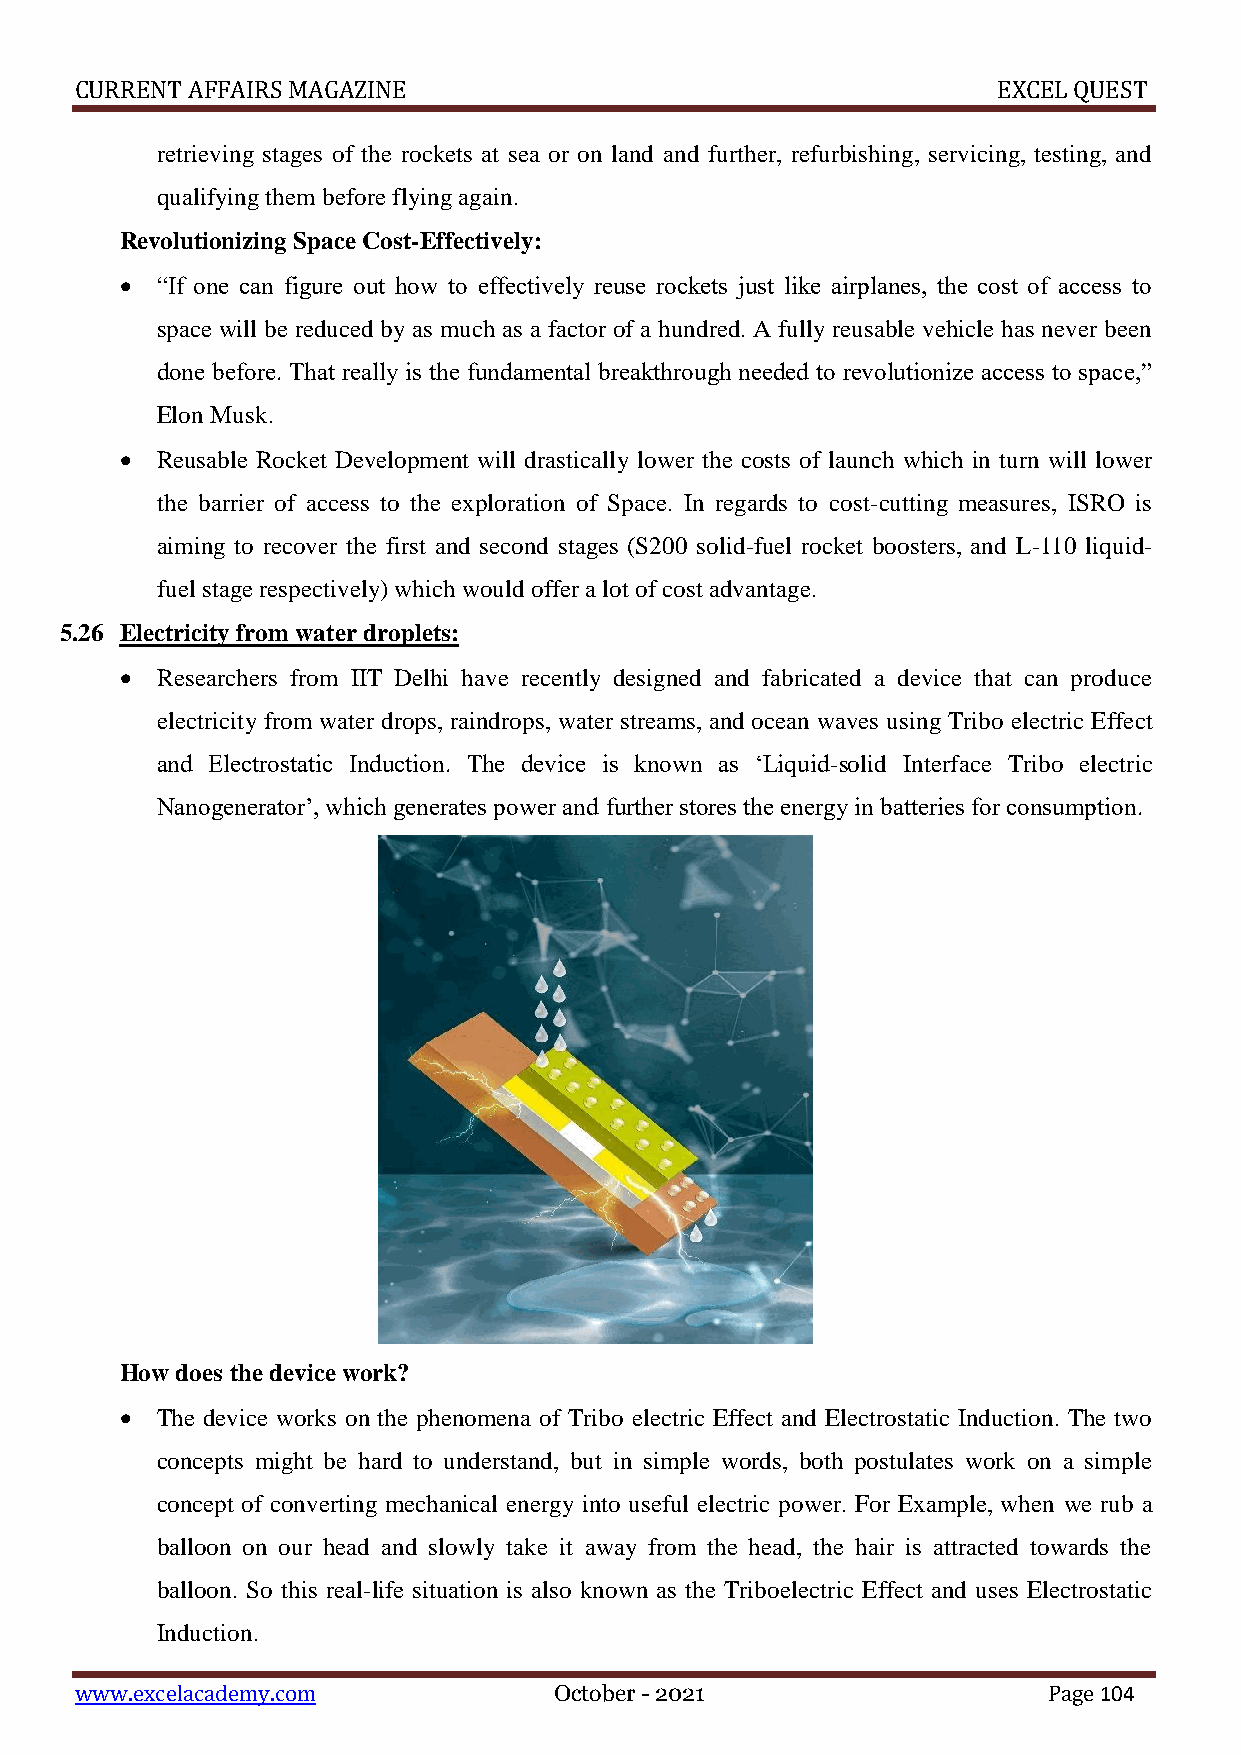
CURRENT AFFAIRS MAGAZINE                                     EXCEL QUEST
 retrieving stages of the rockets at sea or on land and further, refurbishing, servicing, testing, and
 qualifying them before flying again.
 Revolutionizing Space Cost-Effectively:
  “If one can figure out how to effectively reuse rockets just like airplanes, the cost of access to
 space will be reduced by as much as a factor of a hundred. A fully reusable vehicle has never been
 done before. That really is the fundamental breakthrough needed to revolutionize access to space,”
 Elon Musk.
  Reusable Rocket Development will drastically lower the costs of launch which in turn will lower
 the barrier of access to the exploration of Space. In regards to cost-cutting measures, ISRO is
 aiming to recover the first and second stages (S200 solid-fuel rocket boosters, and L-110 liquid-
 fuel stage respectively) which would offer a lot of cost advantage.
 5.26 Electricity from water droplets:
  Researchers from IIT Delhi have recently designed and fabricated a device that can produce
 electricity from water drops, raindrops, water streams, and ocean waves using Tribo electric Effect
 and Electrostatic Induction. The device is known as ‘Liquid-solid Interface Tribo electric
 Nanogenerator’, which generates power and further stores the energy in batteries for consumption.
 How does the device work?
  The device works on the phenomena of Tribo electric Effect and Electrostatic Induction. The two
 concepts might be hard to understand, but in simple words, both postulates work on a simple
 concept of converting mechanical energy into useful electric power. For Example, when we rub a
 balloon on our head and slowly take it away from the head, the hair is attracted towards the
 balloon. So this real-life situation is also known as the Triboelectric Effect and uses Electrostatic
 Induction.
 www.excelacademy.com            October - 2021                  Page 104